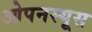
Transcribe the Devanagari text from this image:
ओपनस्यूस